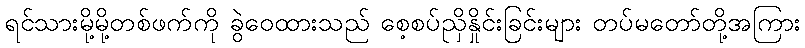
ရင်သားမို့မို့တစ်ဖက်ကို ခွဲဝေထားသည် စေ့စပ်ညှိနှိုင်းခြင်းများ တပ်မတော်တို့အကြား